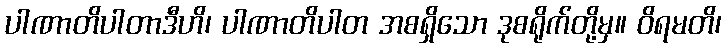
ပါဏာတိပါတာဒီဟိ၊ ပါဏာတိပါတ အစရှိသော ဒုစရိုက်တို့မှ။ ဝိရမတိ၊